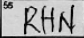
Transcription: RHN